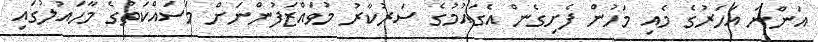
އަންނަ އަހަރުގެ މެއި މަހުން ފެށިގެން އެގައުމުގެ ސަރުކާރު މުވައްޒަފުންނަށް މަސައްކަތުގެ މާހައުލުގައި